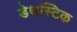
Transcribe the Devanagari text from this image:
डेथस्टिक